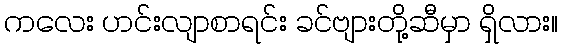
ကလေး ဟင်းလျာစာရင်း ခင်ဗျားတို့ဆီမှာ ရှိလား။